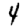
Digit: 4